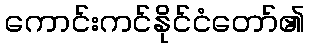
ကောင်းကင်နိုင်ငံတော်၏